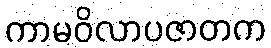
ကာမဝိလာပဇာတက